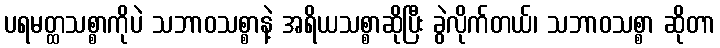
ပရမတ္ထသစ္စာကိုပဲ သဘာဝသစ္စာနဲ့ အရိယသစ္စာဆိုပြီး ခွဲလိုက်တယ်၊ သဘာဝသစ္စာ ဆိုတာ